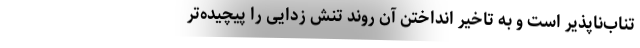
تناب‌ناپذیر است و به تاخیر انداختن آن روند تنش‌ زدایی را پیچیده‌تر